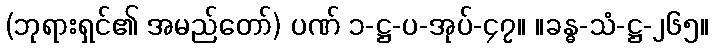
(ဘုရားရှင်၏ အမည်တော်) ပဏ် ၁-ဋ္ဌ-ပ-အုပ်-၄၇။ ။ခန္ဓ-သံ-ဋ္ဌ-၂၆၅။